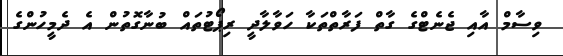
ވިސާމް އާއި ޖެނެޓްގެ ގާތް ފަރާތްތަކާ ހަވާލާދީ ރިޕޯޓުތައް ބުނާގޮތުން އެ ދެމީހުންގެ